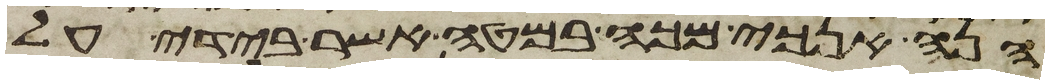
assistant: הנה אנכי מכה במטה אשר בידי על